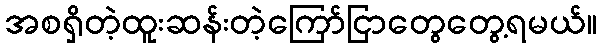
အစရှိတဲ့ထူးဆန်းတဲ့ကြော်ငြာတွေတွေ့ရမယ်။